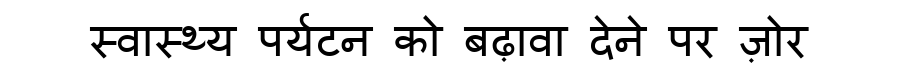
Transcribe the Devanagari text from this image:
स्वास्थ्य पर्यटन को बढ़ावा देने पर ज़ोर